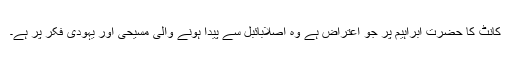
کانٹ کا حضرت ابراہیم پر جو اعتراض ہے وہ اصلاًبائبل سے پیدا ہونے والی مسیحی اور یہودی فکر پر ہے۔